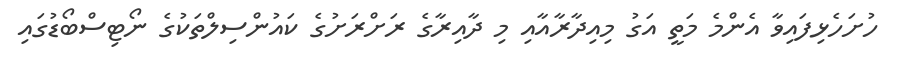
ހުށަހެޅިފައިވާ އެންމެ މަތީ އަގު މިއިދާރާއާއި މި ދާއިރާގެ ރަށްރަށުގެ ކައުންސިލްތަކުގެ ނޯޓިސްބޯޑުގައި